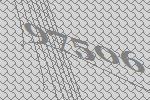
97506